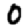
Digit: 0